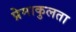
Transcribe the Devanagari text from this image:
प्रेमाकुलता